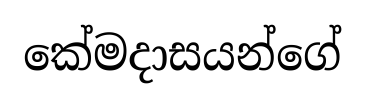
කේමදාසයන්ගේ